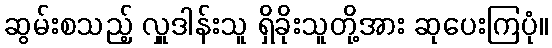
ဆွမ်းစသည့် လှူဒါန်းသူ ရှိခိုးသူတို့အား ဆုပေးကြပုံ။